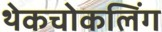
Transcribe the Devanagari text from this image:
थेकचोकलिंग